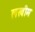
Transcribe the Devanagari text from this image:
लखीम